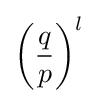
\left({\frac {q}{p}}\right)^{l}